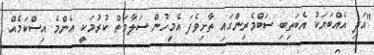
"އަދި އެއްބަޔަކު އެބަތިބި ސަބްމެރިންގައި ތާށިވެފަ އެމީހުން ސަލާމަތް ކުރުމަކީ އެންމެ އިސްކަމެއް